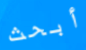
أبحث